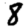
Digit: 8